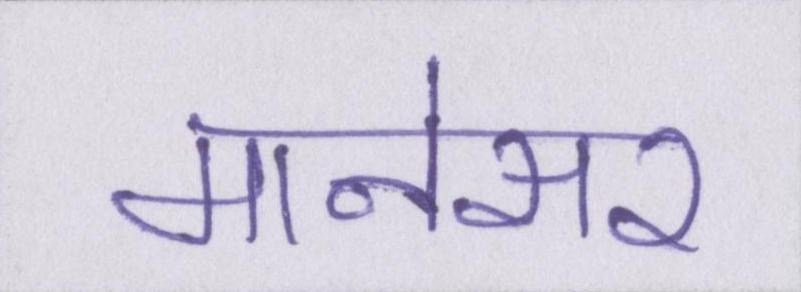
मानेसर